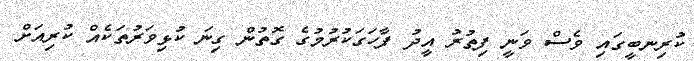
ކުރިނބީގައި ވެސް ވަނީ ފިތުރު އީދު ފާހަގަކުރުމުގެ ގޮތުން ގިނަ ކުޅިވަރުތަކެއް ކުރިއަށް